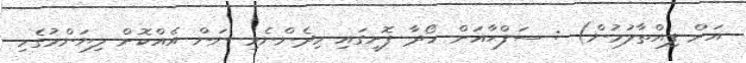
އަށް ފިއްތާލުމުން) : ސަފްޙާއަށް ހޯދާ ފޮށީގައި މިދެންނެވި ނަން އެއްކޮށް ލިޔަންމުގެހި